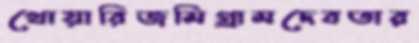
খোয়ারিজমিগ্রামদেবতার